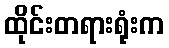
ထိုင်းတရားရုံးက